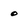
Character: O